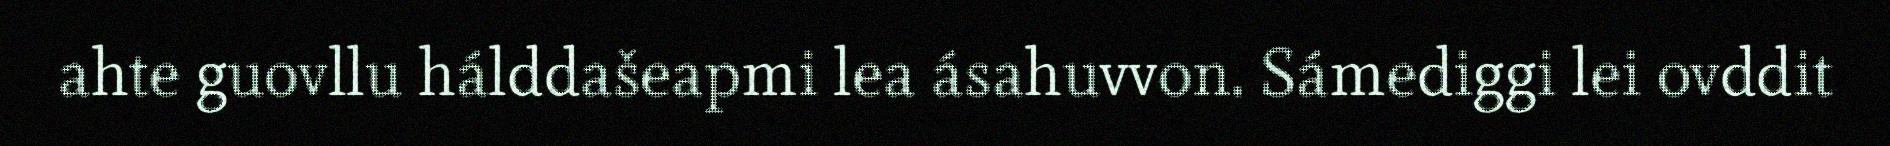
ahte guovllu hálddašeapmi lea ásahuvvon. Sámediggi lei ovddit